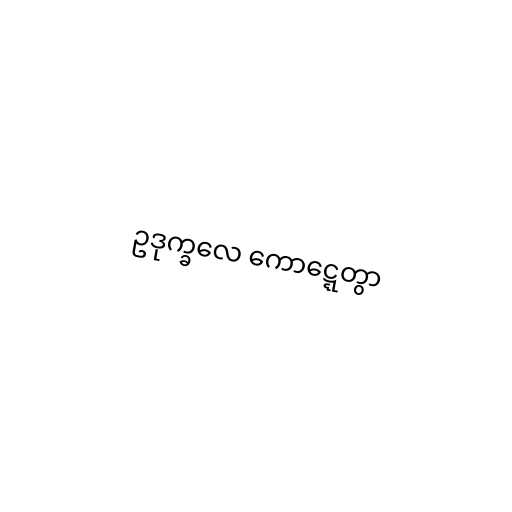
ဥဒုက္ခလေ ကောဋ္ဋေတွာ